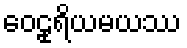
ဝေဠုရိယမယဿ